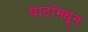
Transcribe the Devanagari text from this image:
घाटांमधून